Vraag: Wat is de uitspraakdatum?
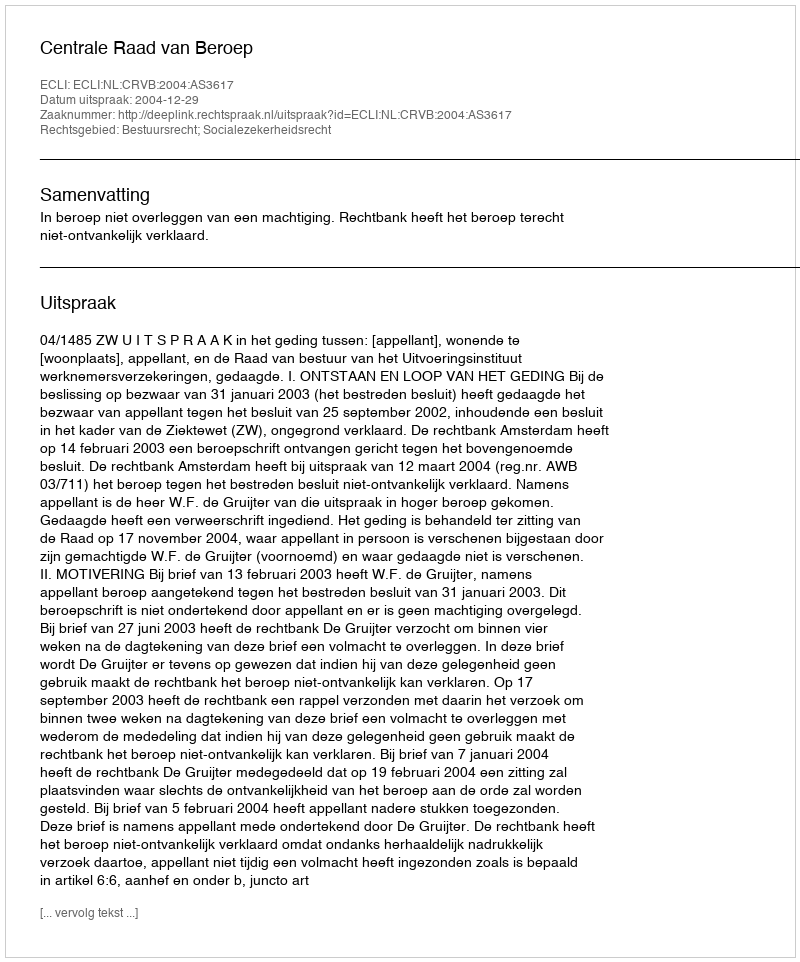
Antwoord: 2004-12-29